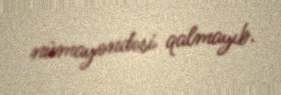
nümayəndəsi qalmayıb.